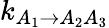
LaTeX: k_{A_{1}\rightarrow A_{2}A_{3}}